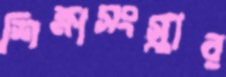
শিক্ষাসংস্কার